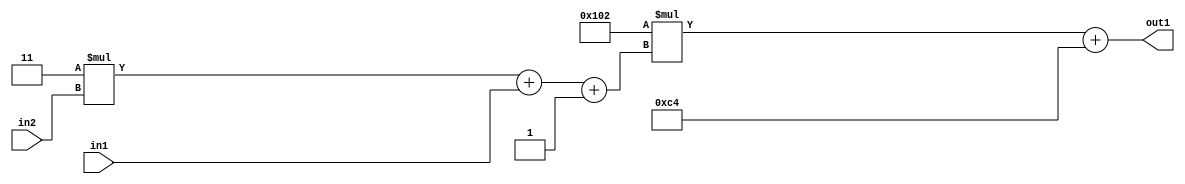
`timescale 1ps / 1ps
/*****************************************************************************
    Verilog RTL Description
    
    
    Created by: Stratus DpOpt 2019.1.01 
*******************************************************************************/

module DC_Filter_Add2i196Mul2i258Add3i1u1Mul2i3u2_1 (
	in2,
	in1,
	out1
	); /* architecture "behavioural" */ 
input [1:0] in2;
input  in1;
output [11:0] out1;
wire [11:0] asc001;
wire [3:0] asc002;

wire [3:0] asc002_tmp_0;
wire [3:0] asc002_tmp_1;
assign asc002_tmp_1 = 
	+(4'B0011 * in2);
assign asc002_tmp_0 = asc002_tmp_1
	+(in1);
assign asc002 = asc002_tmp_0
	+(4'B0001);

wire [11:0] asc001_tmp_2;
assign asc001_tmp_2 = 
	+(12'B000100000010 * asc002);
assign asc001 = asc001_tmp_2
	+(12'B000011000100);

assign out1 = asc001;
endmodule

/* CADENCE  vrP4TQo= : u9/ySgnWtBlWxVPRXgAZ4Og= ** DO NOT EDIT THIS LINE ******/